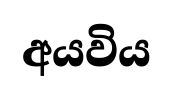
අයවිය